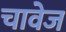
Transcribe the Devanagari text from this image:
चावेज